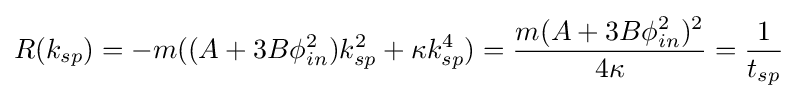
R(k_{sp})=-m((A+3B\phi _{in}^{2})k_{sp}^{2}+\kappa k_{sp}^{4})={\frac {m(A+3B\phi _{in}^{2})^{2}}{4\kappa }}={\frac {1}{t_{sp}}}